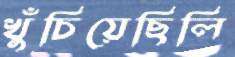
খুঁচিয়েছিলি